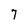
Character: 7